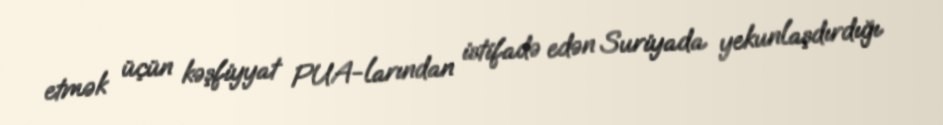
etmək üçün kəşfiyyat PUA-larından istifadə edən Suriyada yekunlaşdırdığı